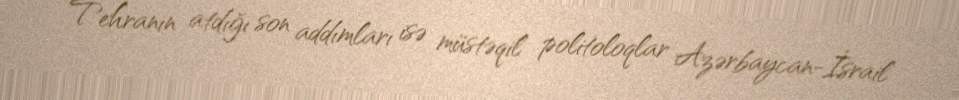
Tehranın atdığı son addımları isə müstəqil politoloqlar Azərbaycan-İsrail